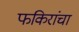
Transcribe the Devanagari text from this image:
फकिरांचा